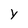
Character: y